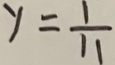
y = \frac { 1 } { 1 1 }